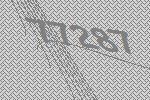
77287